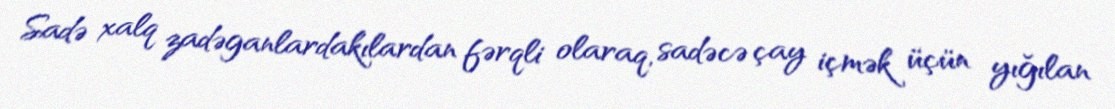
Sadə xalq zadəganlardakılardan fərqli olaraq, sadəcə çay içmək üçün yığılan